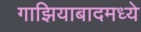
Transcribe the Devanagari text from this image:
गाझियाबादमध्ये